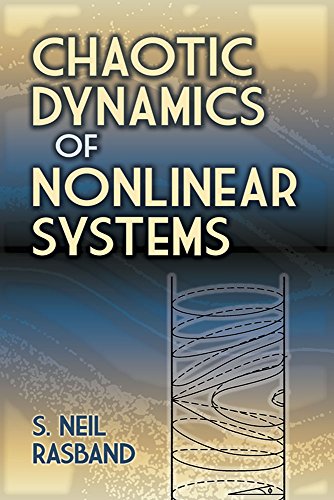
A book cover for Chaotic Dynamics of Nonlinear Systems (Dover Books on Physics); S. Neil Rasband; Science & Math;